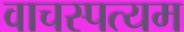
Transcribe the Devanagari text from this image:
वाचस्पत्यम